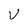
Character: V